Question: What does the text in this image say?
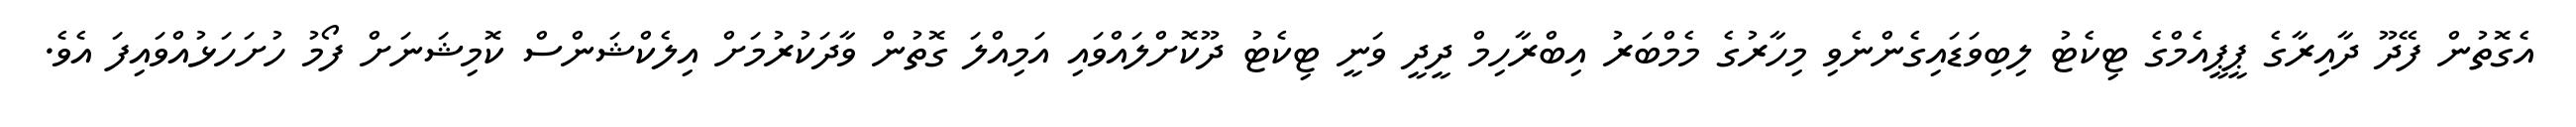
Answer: އެގޮތުން ފޭދޫ ދާއިރާގެ ޕީޕީއެމްގެ ޓިކެޓު ލިބިވަޑައިގެންނެވި މިހާރުގެ މެމްބަރު އިބްރާހިމް ދީދީ ވަނީ ޓިކެޓު ދޫކޮށްލައްވައި އަމިއްލަ ގޮތުން ވާދަކުރުމަށް އިލެކްޝަންސް ކޮމިޝަނަށް ފޯމު ހުށަހަޅުއްވައިފަ އެވެ.